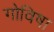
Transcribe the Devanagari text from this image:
गोविषा